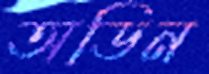
অডিন